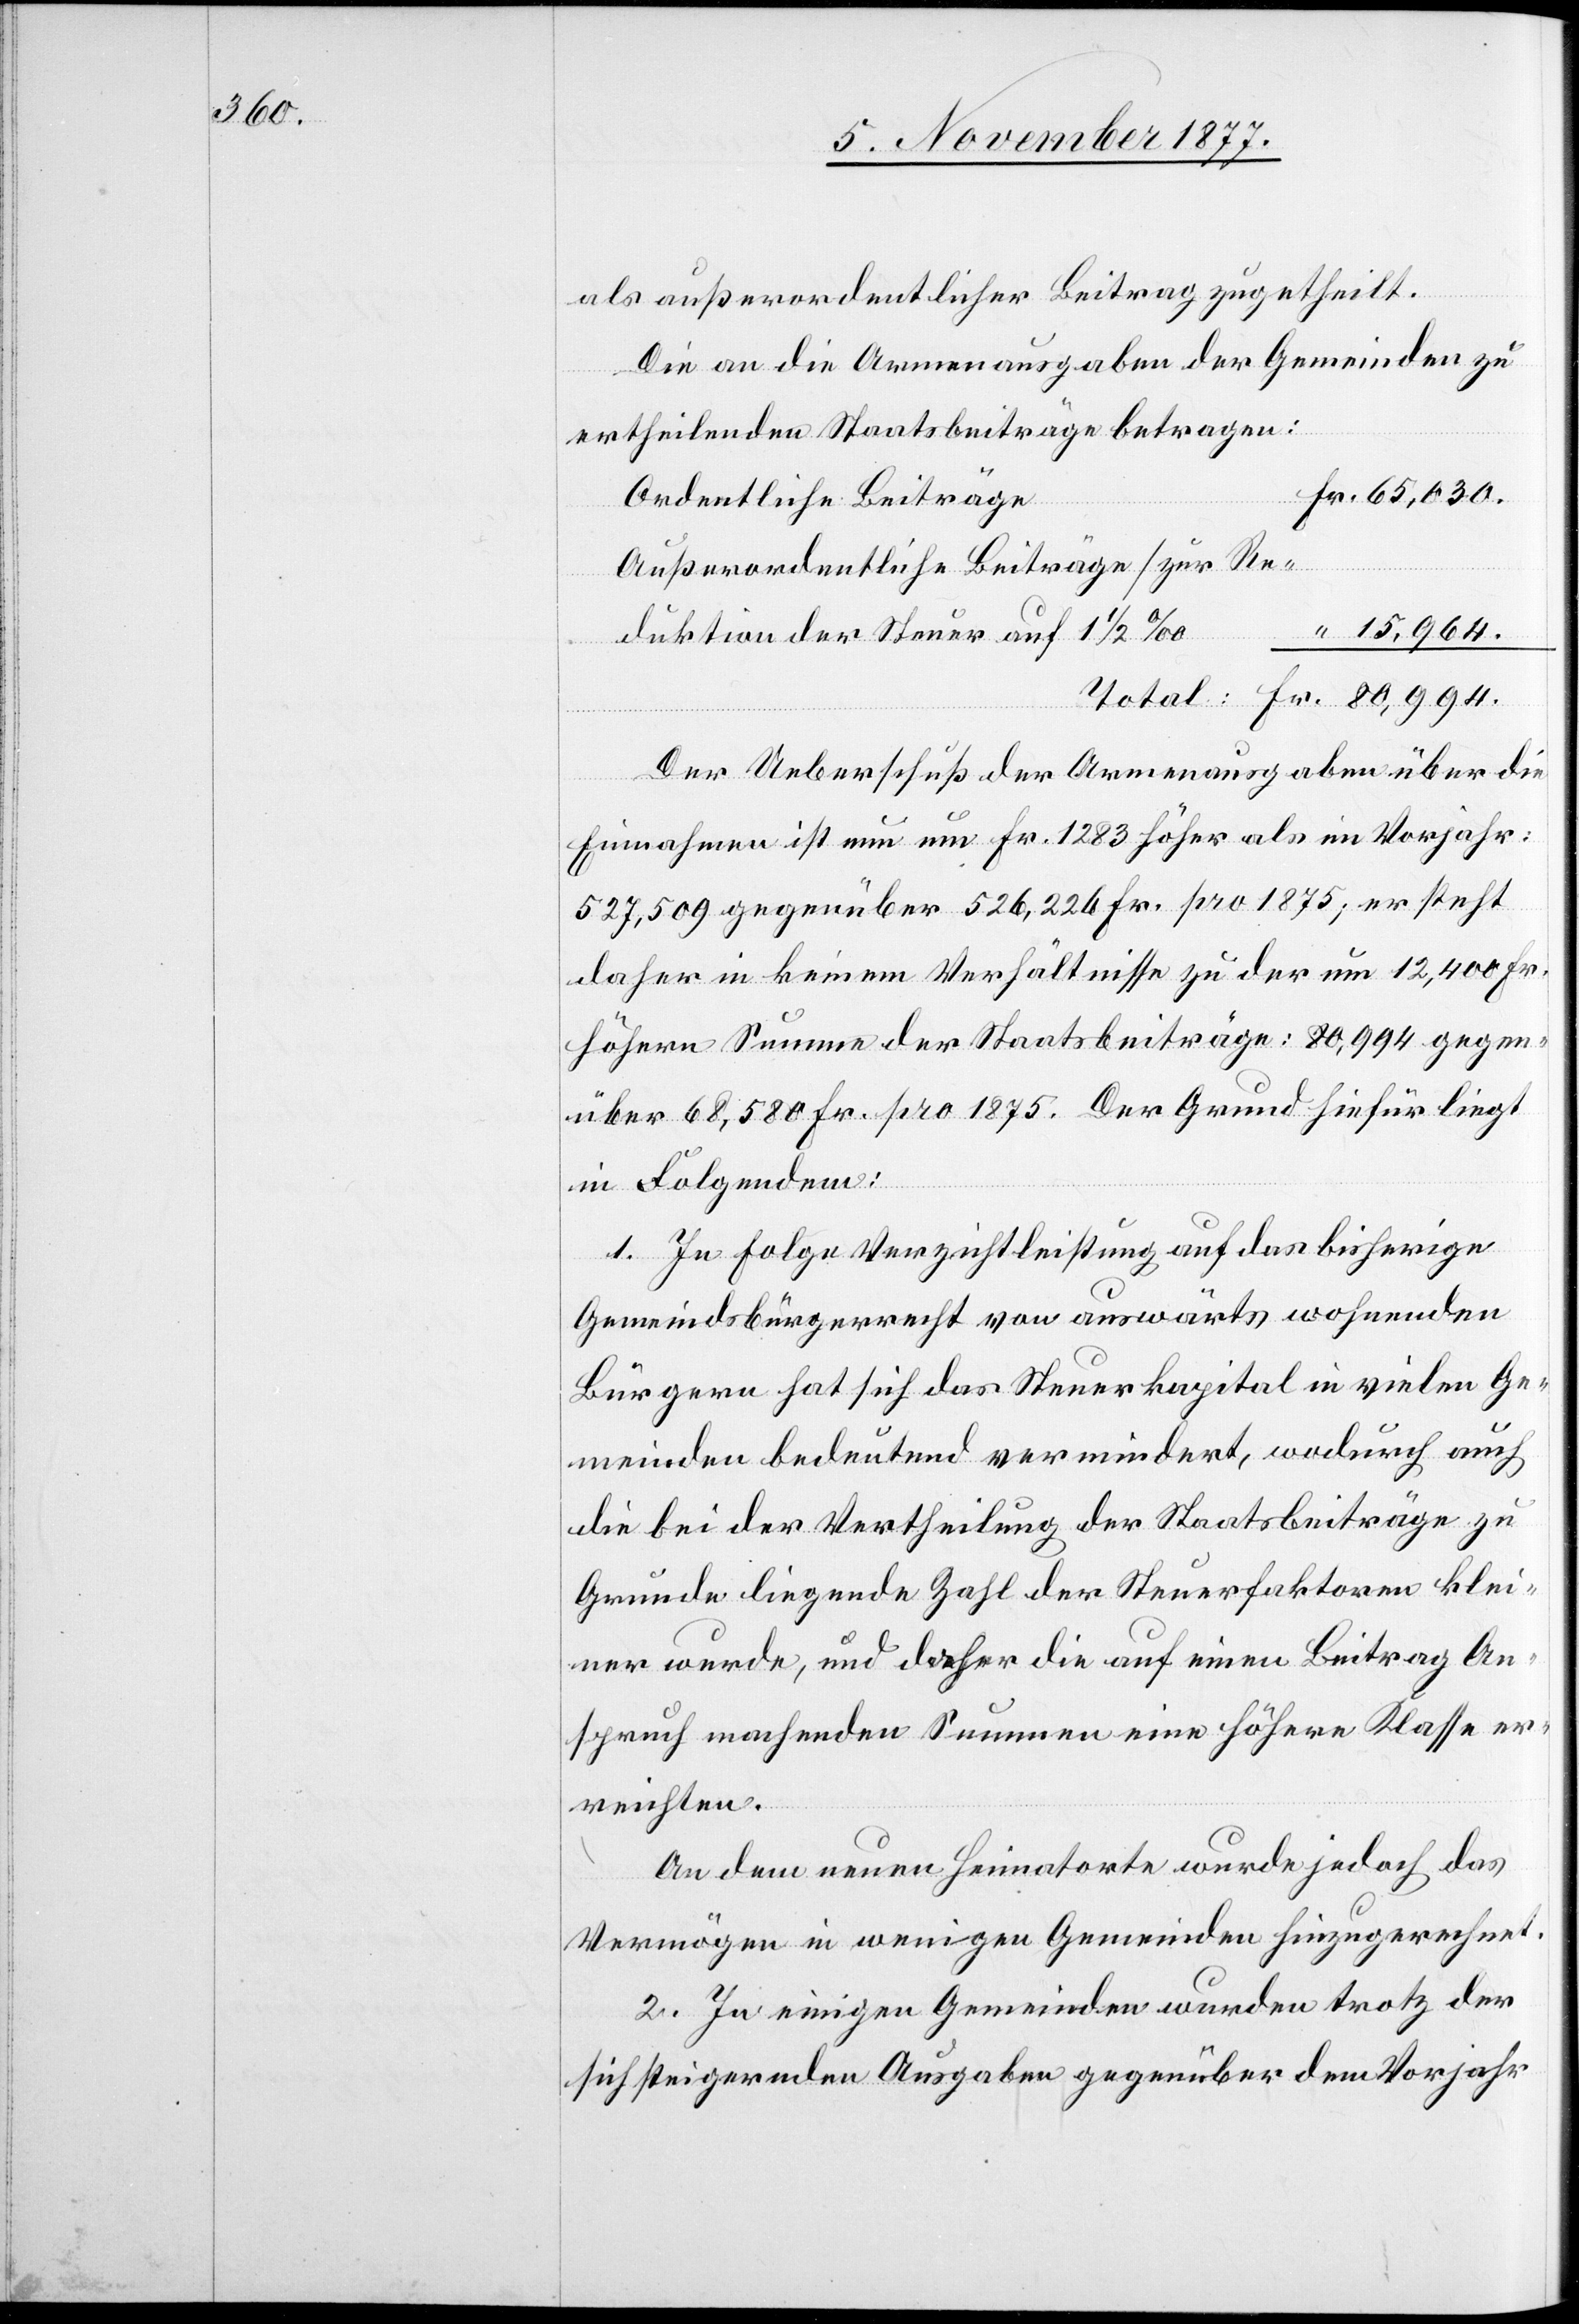
als außerordentlicher Beitrag zugetheilt.
Die an die Armenausgaben der Gemeinden zu
ertheilenden Staatsbeiträge betragen:
Fr. 80,994.
Ordentliche Beiträge
Außerordentliche Beiträge [zur Re¬
“ 15,964.
duktion der Steuer auf 1 1/2 ‰[]]
Der Ueberschuß der Armenausgaben über die
Einnahmen ist nun um Fr. 1283 höher als im Vorjahr:
527,509 gegenüber 526,226 Fr. pro 1875; er steht
daher in keinem Verhältnisse zu der um 12,400 Fr.
höhern Summe der Staatsbeiträge: 80,994 gegen¬
über 68,580 Fr. pro 1875. Der Grund hiefür liegt
in Folgendem:
1. In Folge Verzichtleistung auf das bisherige
Gemeindsbürgerrecht von auswärts wohnenden
Bürgern hat sich das Steuerkapital in vielen Ge¬
meinden bedeutend vermindert, wodurch auch
die bei der Vertheilung der Staatsbeiträge zu
Grunde liegende Zahl der Steuerfaktoren klei¬
ner wurde, und daher die auf einen Beitrag An¬
spruch machenden Summen eine höhere Klasse er¬
reichten.
An dem neuen Heimatorte wurde jedoch das
Vermögen in wenigen Gemeinden hinzugerechnet.
2. In einigen Gemeinden wurden trotz der
sich steigernden Ausgaben gegenüber dem Vorjahr